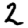
Digit: 2